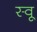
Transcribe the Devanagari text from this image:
स्वू